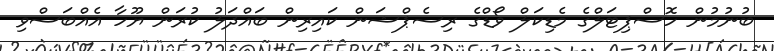
ބުނުމުން ހޮސްޕިޓަލްގެ މެޑިކަލް ވޯޑްގެ ރިސެޕްޝަން ކައިރިން ބައްދަލު ކުރަން ޔޫހާ އެއްބަސްވި